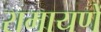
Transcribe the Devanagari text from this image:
रामायणें